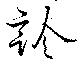
診